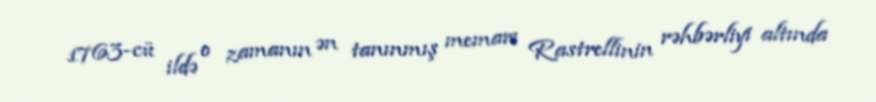
1763-cü ildə o zamanın ən tanınmış memarı Rastrellinin rəhbərliyi altında